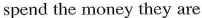
spend the money they are